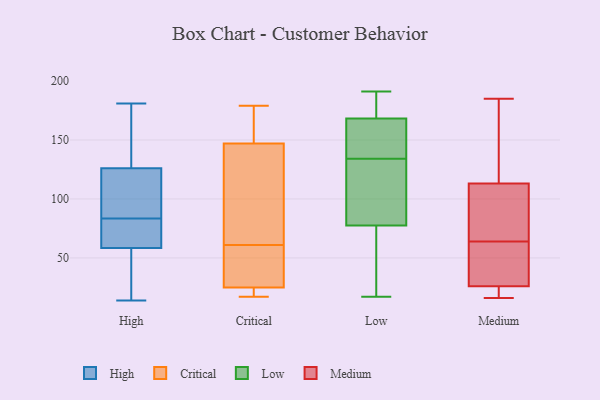
{"axis": {"x": "Gross Profit (USD K)", "y": "Value"}, "legend": ["Critical", "High", "Low", "Medium"], "data": [{"x": "", "y": 48, "type": "High"}, {"x": "", "y": 64, "type": "High"}, {"x": "", "y": 89, "type": "High"}, {"x": "", "y": 118, "type": "High"}, {"x": "", "y": 109, "type": "High"}, {"x": "", "y": 181, "type": "High"}, {"x": "", "y": 78, "type": "High"}, {"x": "", "y": 54, "type": "High"}, {"x": "", "y": 119, "type": "High"}, {"x": "", "y": 67, "type": "High"}, {"x": "", "y": 71, "type": "High"}, {"x": "", "y": 161, "type": "High"}, {"x": "", "y": 51, "type": "High"}, {"x": "", "y": 160, "type": "High"}, {"x": "", "y": 62, "type": "High"}, {"x": "", "y": 14, "type": "High"}, {"x": "", "y": 55, "type": "High"}, {"x": "", "y": 133, "type": "High"}, {"x": "", "y": 149, "type": "High"}, {"x": "", "y": 109, "type": "High"}, {"x": "", "y": 25, "type": "Critical"}, {"x": "", "y": 21, "type": "Critical"}, {"x": "", "y": 179, "type": "Critical"}, {"x": "", "y": 147, "type": "Critical"}, {"x": "", "y": 82, "type": "Critical"}, {"x": "", "y": 25, "type": "Critical"}, {"x": "", "y": 84, "type": "Critical"}, {"x": "", "y": 40, "type": "Critical"}, {"x": "", "y": 157, "type": "Critical"}, {"x": "", "y": 17, "type": "Critical"}, {"x": "", "y": 191, "type": "Low"}, {"x": "", "y": 27, "type": "Low"}, {"x": "", "y": 17, "type": "Low"}, {"x": "", "y": 134, "type": "Low"}, {"x": "", "y": 99, "type": "Low"}, {"x": "", "y": 24, "type": "Low"}, {"x": "", "y": 82, "type": "Low"}, {"x": "", "y": 83, "type": "Low"}, {"x": "", "y": 76, "type": "Low"}, {"x": "", "y": 138, "type": "Low"}, {"x": "", "y": 134, "type": "Low"}, {"x": "", "y": 191, "type": "Low"}, {"x": "", "y": 189, "type": "Low"}, {"x": "", "y": 171, "type": "Low"}, {"x": "", "y": 160, "type": "Low"}, {"x": "", "y": 135, "type": "Low"}, {"x": "", "y": 84, "type": "Low"}, {"x": "", "y": 176, "type": "Low"}, {"x": "", "y": 25, "type": "Low"}, {"x": "", "y": 16, "type": "Medium"}, {"x": "", "y": 94, "type": "Medium"}, {"x": "", "y": 74, "type": "Medium"}, {"x": "", "y": 19, "type": "Medium"}, {"x": "", "y": 19, "type": "Medium"}, {"x": "", "y": 125, "type": "Medium"}, {"x": "", "y": 151, "type": "Medium"}, {"x": "", "y": 49, "type": "Medium"}, {"x": "", "y": 54, "type": "Medium"}, {"x": "", "y": 185, "type": "Medium"}, {"x": "", "y": 101, "type": "Medium"}, {"x": "", "y": 33, "type": "Medium"}]}